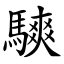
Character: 騻